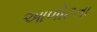
આળોટતા